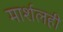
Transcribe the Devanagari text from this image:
मार्शलही